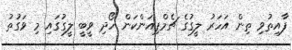
ފާއިތުވި ތިން އަހަރު ލީގުގެ ޗެމްޕިއަންކަން ހޯދި ވީބީ ލީގުގައި މި ވަގުތު